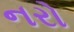
નરો